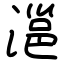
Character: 㴩